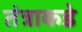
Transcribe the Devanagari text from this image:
तंत्राकडे